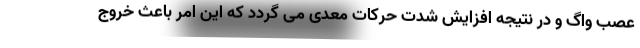
عصب واگ و در نتیجه افزایش شدت حرکات معدی می گردد که این امر باعث خروج